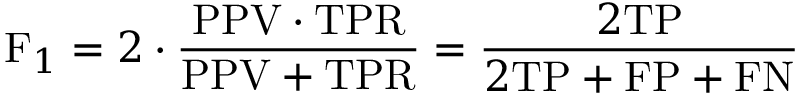
\mathrm { F } _ { 1 } = 2 \cdot { \frac { \mathrm { P P V } \cdot \mathrm { T P R } } { \mathrm { P P V } + \mathrm { T P R } } } = { \frac { 2 \mathrm { T P } } { 2 \mathrm { T P } + \mathrm { F P } + \mathrm { F N } } }